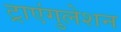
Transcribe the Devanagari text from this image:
ट्राएंगुलेशन